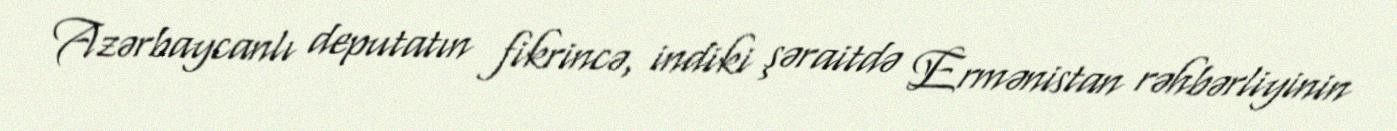
Azərbaycanlı deputatın fikrincə, indiki şəraitdə Ermənistan rəhbərliyinin